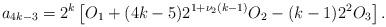
LaTeX: \begin{align*}a_{4k-3} = 2^{k} \left[ O_{1}+ (4k-5)2^{1+\nu_{2}(k-1)}O_{2} -(k-1)2^{2}O_{3} \right].\end{align*}